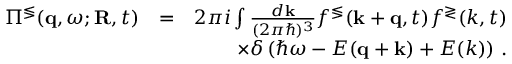
\begin{array} { r l r } { \Pi ^ { \lessgtr } ( { \bf q } , \omega ; { \bf R } , t ) } & { = } & { 2 \pi i \int \frac { d { \bf k } } { ( 2 \pi \hbar ) ^ { 3 } } f ^ { \lessgtr } ( { \bf k } + { \bf q } , t ) f ^ { \gtrless } ( k , t ) } \\ & { } & { \times \delta \left( \hbar \omega - E ( { \bf q } + { \bf k } ) + E ( k ) \right) \, . } \end{array}